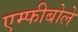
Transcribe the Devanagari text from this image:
एम्फीबोले